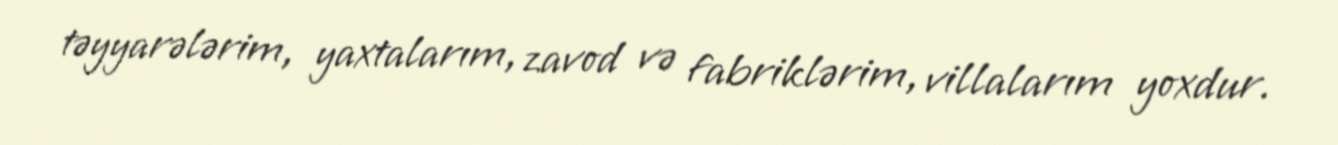
təyyarələrim, yaxtalarım, zavod və fabriklərim, villalarım yoxdur.